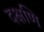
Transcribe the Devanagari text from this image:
दक्षणि